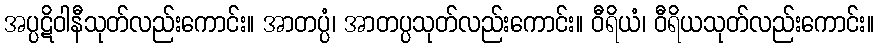
အပ္ပဋိဝါနီသုတ်လည်းကောင်း။ အာတပ္ပံ၊ အာတပ္ပသုတ်လည်းကောင်း။ ဝီရိယံ၊ ဝီရိယသုတ်လည်းကောင်း။